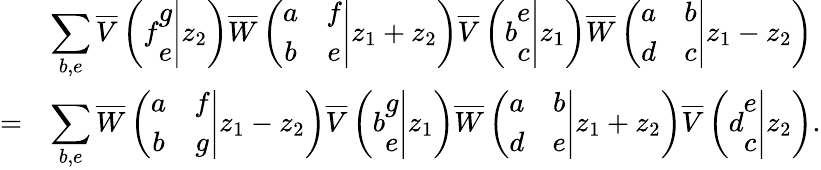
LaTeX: \begin{array}{cl}{{}}&{{\displaystyle\sum_{b,e}\overline{{{V}}}\left(\left.f\begin{array}{c}{{g}}\\ {{e}}\end{array}\right|z_{2}\right)\overline{{{W}}}\left(\left.\begin{array}{cc}{{a}}&{{f}}\\ {{b}}&{{e}}\end{array}\right|z_{1}+z_{2}\right)\overline{{{V}}}\left(\left.b\begin{array}{c}{{e}}\\ {{c}}\end{array}\right|z_{1}\right)\overline{{{W}}}\left(\left.\begin{array}{cc}{{a}}&{{b}}\\ {{d}}&{{c}}\end{array}\right|z_{1}-z_{2}\right)}}\\ {{=}}&{{\displaystyle\sum_{b,e}\overline{{{W}}}\left(\left.\begin{array}{cc}{{a}}&{{f}}\\ {{b}}&{{g}}\end{array}\right|z_{1}-z_{2}\right)\overline{{{V}}}\left(\left.b\begin{array}{c}{{g}}\\ {{e}}\end{array}\right|z_{1}\right)\overline{{{W}}}\left(\left.\begin{array}{cc}{{a}}&{{b}}\\ {{d}}&{{e}}\end{array}\right|z_{1}+z_{2}\right)\overline{{{V}}}\left(\left.d\begin{array}{c}{{e}}\\ {{c}}\end{array}\right|z_{2}\right).}}\end{array}